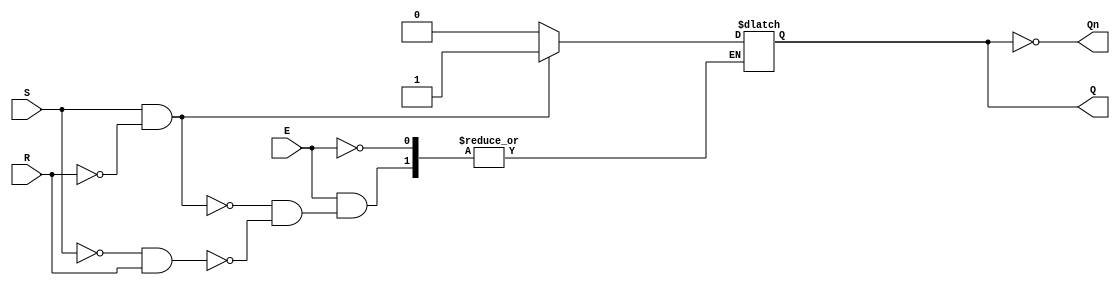
module gated_sr_latch (
    input wire S,   // Set input
    input wire R,   // Reset input
    input wire E,   // Enable input
    output reg Q,   // Primary output
    output wire Qn  // Complementary output (not Q)
);

    assign Qn = ~Q;  // Complementary output

    always @(E or S or R) begin
        if (E) begin
            if (S && !R) begin
                Q <= 1'b1;  // Set Q high
            end else if (!S && R) begin
                Q <= 1'b0;  // Reset Q low
            end
            // If both S and R are high, Q remains in an indeterminate state.
            // We can choose to do nothing or take action. Here we do nothing.
        end
        // If E is low, Q retains its previous state.
    end

endmodule